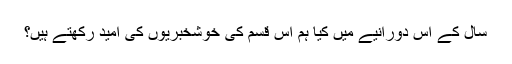
سال کے اس دورانیے میں کیا ہم اس قسم کی خوشخبریوں کی امید رکھتے ہیں؟